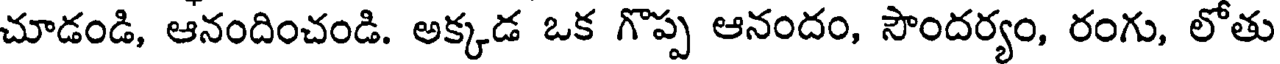
చూడండి, ఆనందించండి. అక్కడ ఒక గొప్ప ఆనందం, సౌందర్యం, రంగు, లోతు